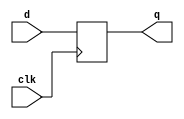
module template (input clk, input d, output reg q);
parameter neg_clk = 0;

initial q = 1'b1;

generate
    if (neg_clk) begin
        always @(negedge clk) q <= d;
    end
    else begin
        always @(posedge clk) q <= d;
    end
endgenerate
endmodule

module top(input clk, input d, output [1:0] q);
    template #(.neg_clk(1)) neg_clk(clk, d, q[0]);
    template #(.neg_clk(0)) pos_clk(clk, d, q[1]);
endmodule